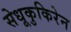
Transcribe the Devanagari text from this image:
सेधूकुकिरेन